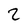
Character: 2